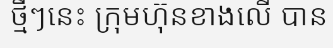
ថ្មីៗនេះ ក្រុមហ៊ុនខាងលើ បាន